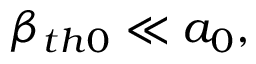
\beta _ { t h 0 } \ll a _ { 0 } ,